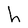
Character: h